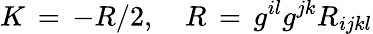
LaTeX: K\, =\, -R/2,\quad R\, =\, g^{il}g^{jk}R_{ijkl}